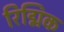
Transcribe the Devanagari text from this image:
रिद्मिक